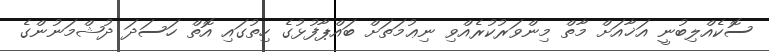
ސޮކެއްލިބުނީ އަޚާއަށް މާތް މިންވަރުކުރެއްވި ނިޢުމަތަށް ބައްޕާފުޅުގެ ހިތުގައި އޮތް ހަސަދަ ދުޝްމަނުންގެ